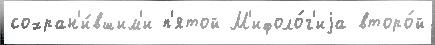
сохран'и́вшим'и п'ятой М'ифоло́г'иjа второ́й